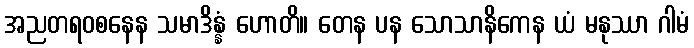
အညတရဝစနေန သမာဒိန္နံ ဟောတိ။ တေန ပန သောသာနိကေန ယံ မနုဿာ ဂါမံ